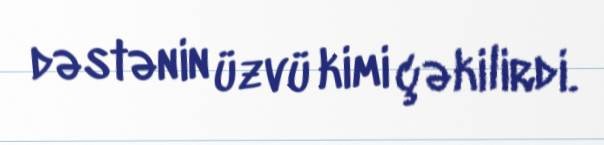
dəstənin üzvü kimi çəkilirdi.